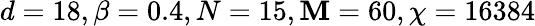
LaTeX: d=18,\beta=0.4,N=15,\mathbf{M}=60,\chi=16384